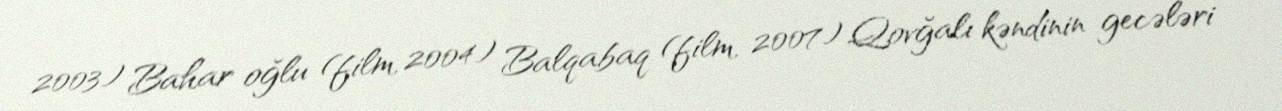
2003) Bahar oğlu (film, 2004) Balqabaq (film, 2007) Qovğalı kəndinin gecələri